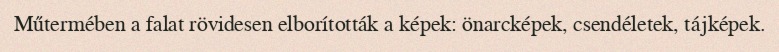
Műtermében a falat rövidesen elborították a képek: önarcképek, csendéletek, tájképek.